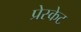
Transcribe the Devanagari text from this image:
प्रेस्केट